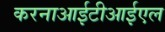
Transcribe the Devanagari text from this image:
करनाआईटीआईएल